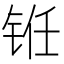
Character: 𰽻